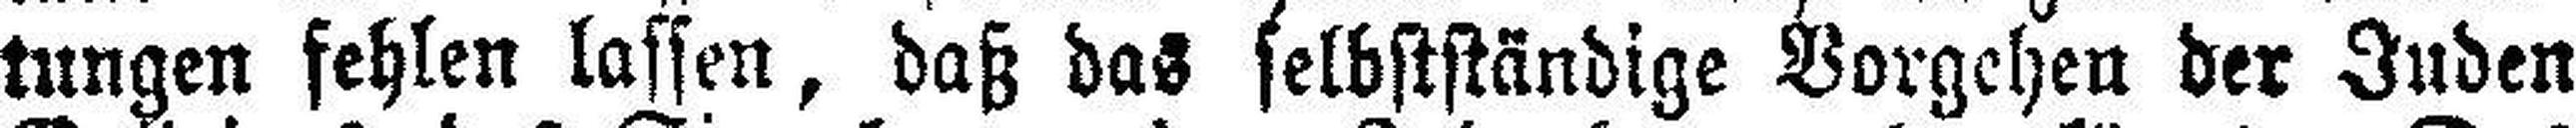
tungen fehlen lassen, daß das selbstständige Vorgehen der Juden